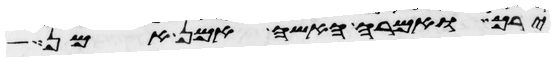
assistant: ירך ואמרה האשה אמן אמן